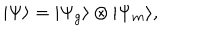
| \Psi \rangle = | \Psi _ { g } \rangle \otimes | \Psi _ { m } \rangle ,